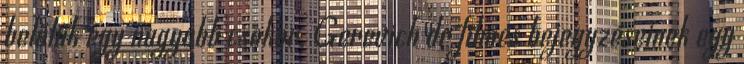
belőlük egy nagyobb csokor, Gerevich dr filmes bejegyzéseinek egy